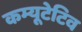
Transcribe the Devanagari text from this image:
कम्यूटेटिव